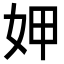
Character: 𭑱